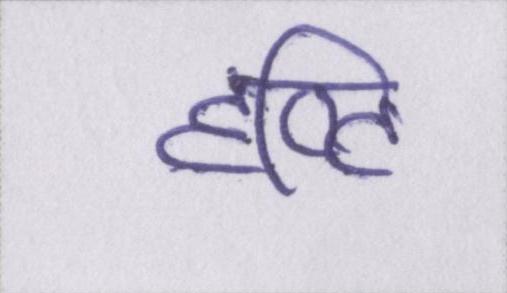
दृष्टि